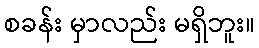
စခန်း မှာလည်း မရှိဘူး။